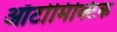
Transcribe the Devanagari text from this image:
ऑटोमिक्टिक